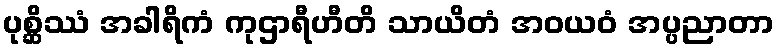
ပုစ္ဆိဿံ အခါရိကံ ကုဌာရီဟီတိ သာယိတံ အဝယဝံ အပ္ပညာတာ